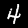
Digit: 4